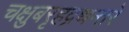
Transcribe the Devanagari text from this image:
चक्षुबरृहद्रथन्तरे